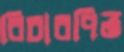
বিচারপিত